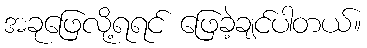
အခုဖြေလို့ရရင် ဖြေခဲ့ချင်ပါတယ်။